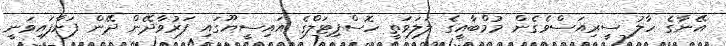
އޭނާގެ ހާލު ސީރިއަސްވެގެން މުމްބާއީގެ ލަލަވަތީ ހޮސްޕިޓަލްގެ އައިސީޔޫގައި ފަރުވާދޭން ދޭން ފަށާފައިވަނީ